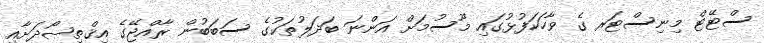
ސްޓޭޓް މިނިސްޓަރ ގެ ވާހަކަފުޅުގައި މޫސުމަށް އަންނަ ބަދަލުތަކުގެ ސަބަބުން ރާއްޖޭގެ އިޤްތިޞޯދަށާއި